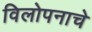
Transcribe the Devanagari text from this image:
विलोपनाचे